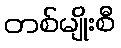
တစ်မျိုးစီ